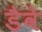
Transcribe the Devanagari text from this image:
डैवे